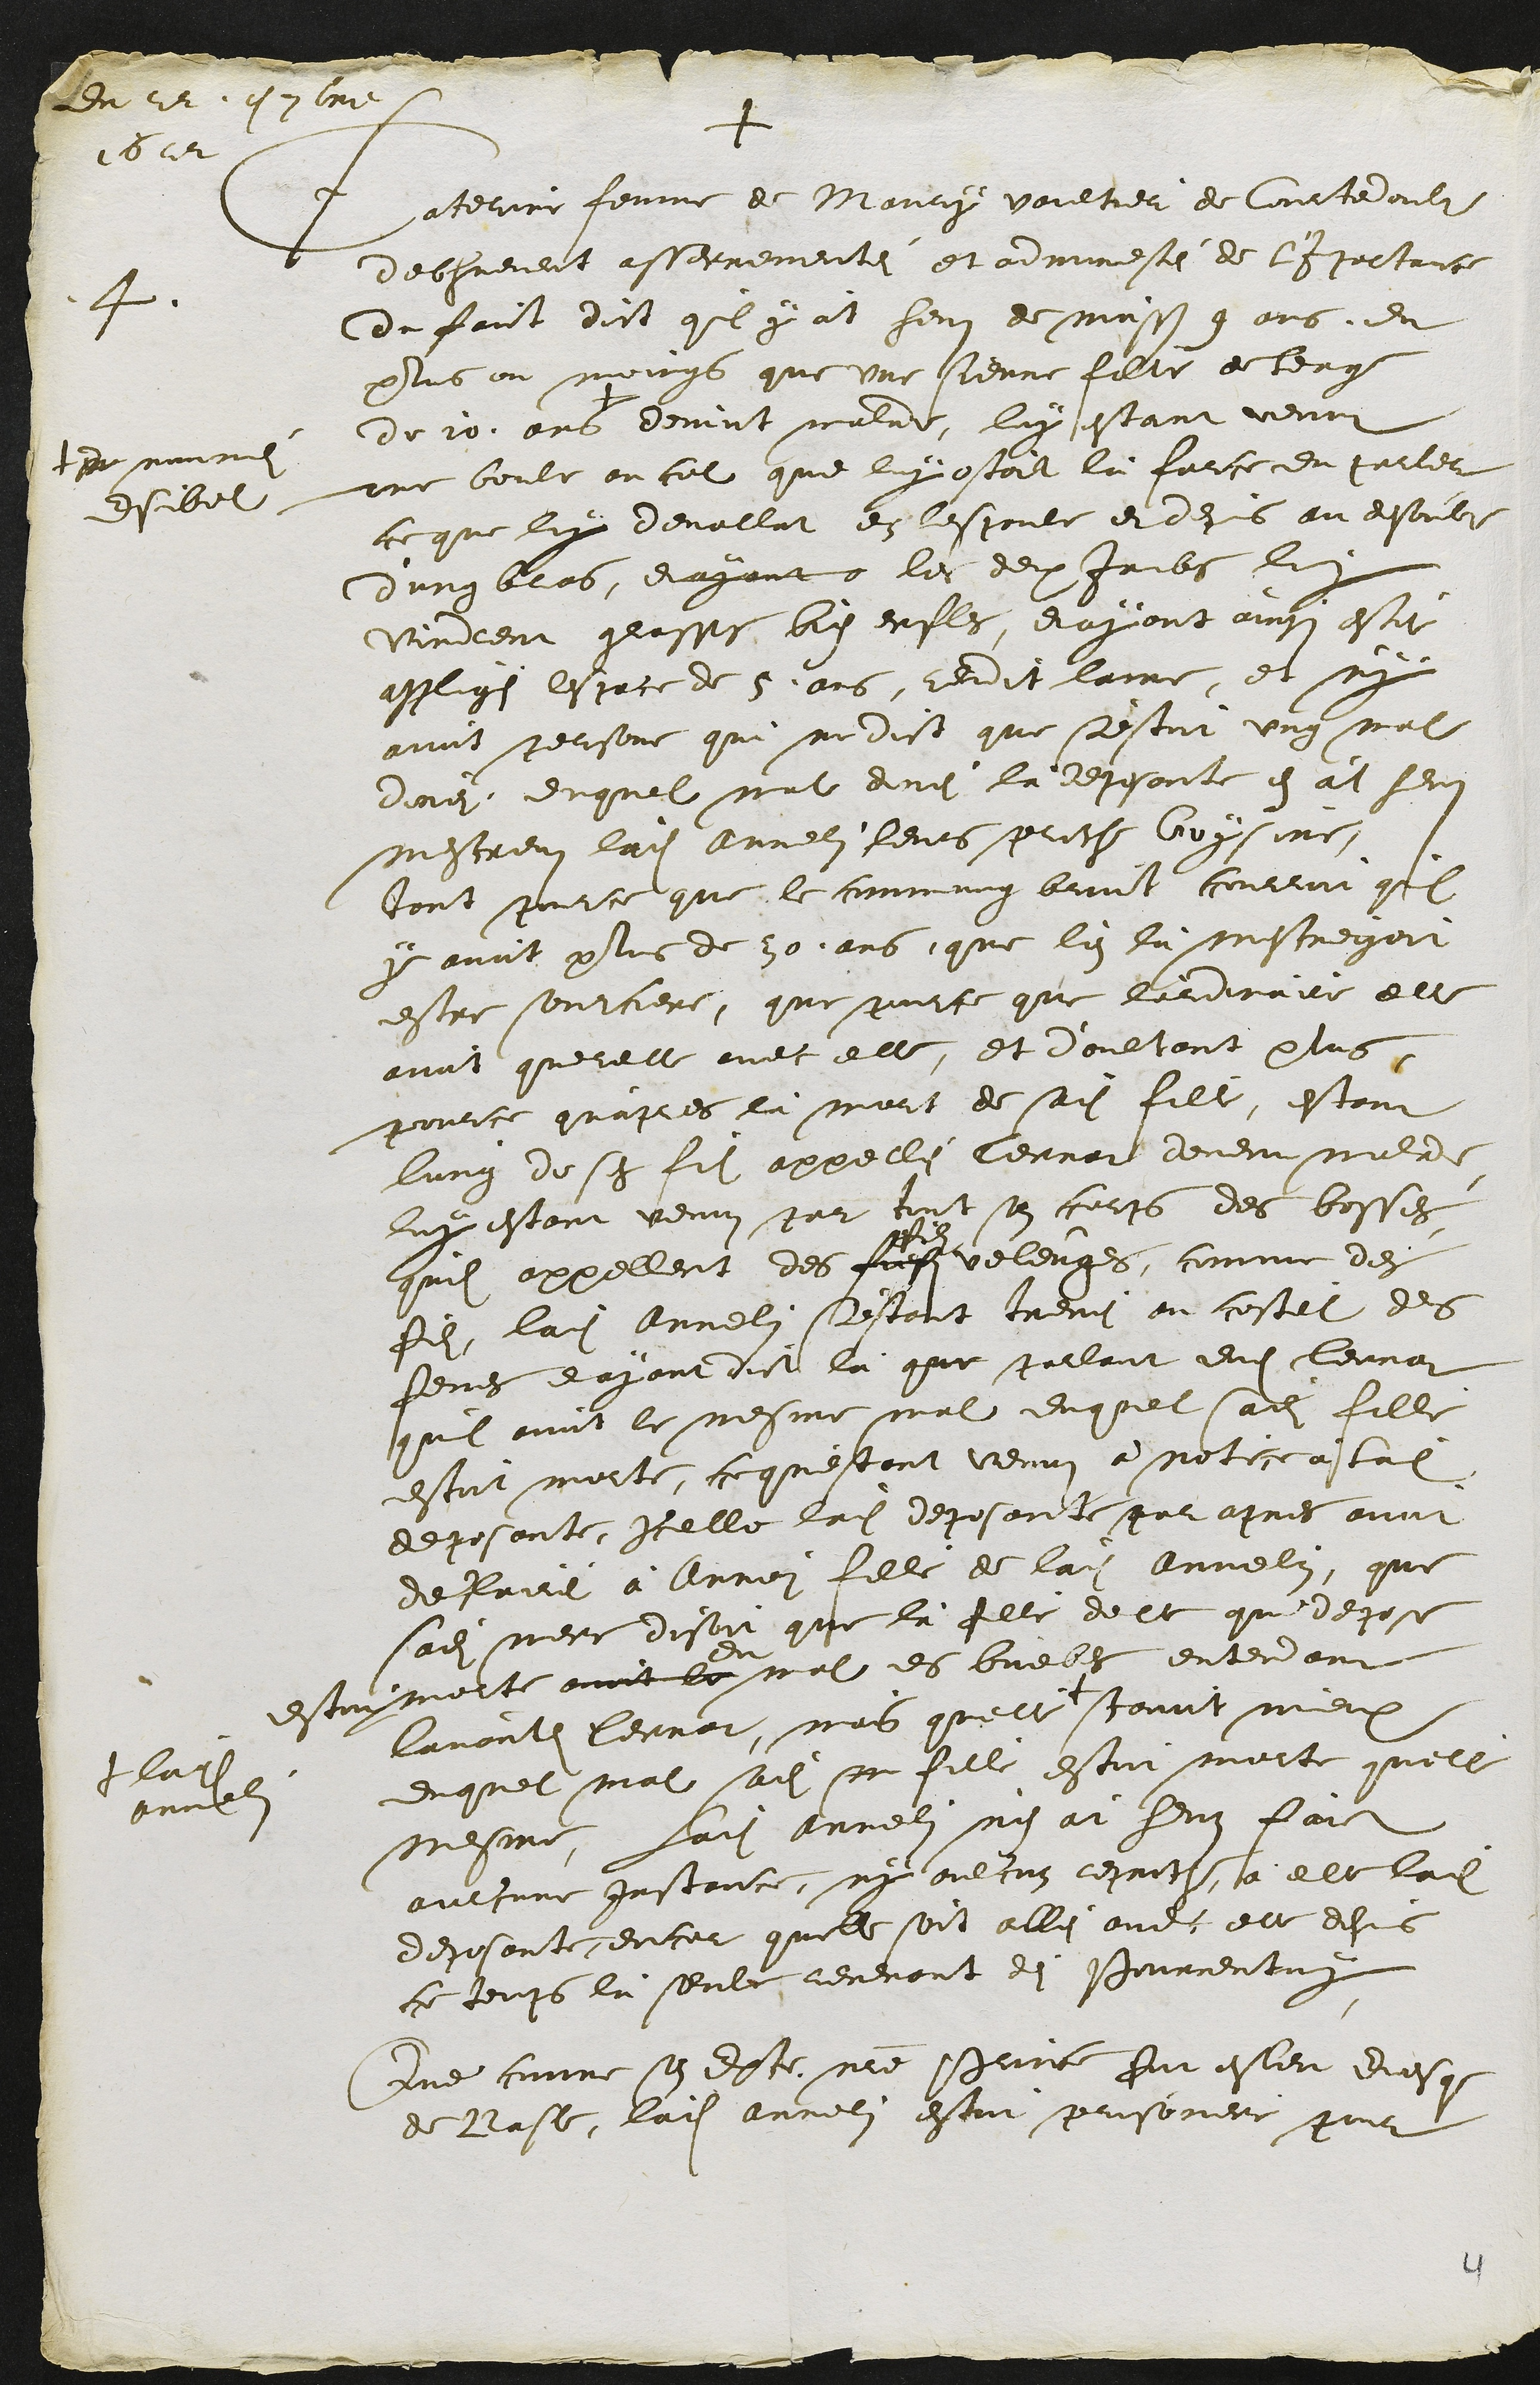
Du 22. e 7bre
1622

+
4. Caterine femme de Maury vaultier de Courtedoubs
debhuement asserrementei et admonnesté de l'Importance
du faict dict quil y àt heus de moissons 9 ans du
plus ou moings que une sienne fille de leage
de 10 ans +
+ du nommei
Esibel
devint malade, luy estant venut
une boule au col que luy ostoit la force du parler
ce que luy devallat en lespaule et depuis au dessoubs
d'ung bras, et ayant o les deux Jambes luy
vindrent grosses bien enfles, et ayant ainsi estei
affligei lespace de 5. ans, rendit lame, et ny
avoit persone qui ne dict que s'estoit ung mal
donei, duquel mal donei la deposante en àt heus
mescreus ladite Annelin leurs proche voysine,
tant pour ce que le commung bruit courroit quil
y avoit plus de 30. ans, que l'on là mescreiyoit
estre sourciere, que parce que l'ordinaire elle
avoit querelle avec elle, et d'aultant plus,
pource qu'apres là mort de sadite fille, estant
lung de ses fils appellei Tennat devenu malade
luy estant venus par tout son corps des bosses,
quil appellent des fiefs
fils
veleuges, comme des
fils, ladite Annelin s'estant treuvei au costel des
femes et ayant dict là que parlant dudit Tennat
quil avoit le mesme mal duquel sadite fille
estoit morte, ce qu'estant venus à notice ladite
deposante, Icelle ladite deposante par apres avoir
declairé à Annei fille de ladite Annelin, que
sadite merre disoit que là fille delle que depose
estoit morte avoit le du mal des buebes entendant
lavantdit Tennat, mais quelle +
+ ladite
Annelin
scavoit mieux
duquel mal sadit m fille estoit morte quelle
mesme, Ladite Annelin n'en àt heuz faict
aulcune Instance ny aulcun reparation a elle ladite
deposante, encor quelle soit allei avec elle depuis
ce temps là seule revenant dei Pourrentruy.
Que comme son Excellence notre Prince fut esleu Evesque
de Basle, laidite Annelin estoit prisoniere pour

4